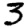
Digit: 3